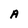
Character: A